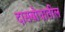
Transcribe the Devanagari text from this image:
दासबोधातील